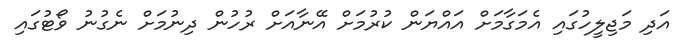
އަދި މަޖިލީހުގައި އެމަގާމަށް އައްޔަން ކުރުމަށް އޭނާއަށް ރުހުން ދިނުމަށް ނެގުނު ވޯޓުގައި